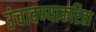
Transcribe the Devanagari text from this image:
उंचावण्याकरिता